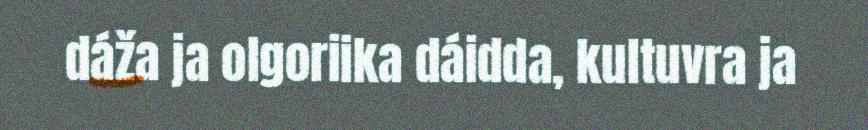
dáža ja olgoriika dáidda, kultuvra ja